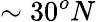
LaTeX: \sim 30^{o}N